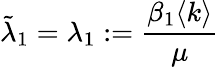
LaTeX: \tilde{\lambda}_{1}=\lambda_{1}:=\frac{\beta_{1}\langle k\rangle}{\mu}